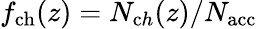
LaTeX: f_{\mathrm{ch}}(z)=N_{\mathrm ch}(z)/N_{\mathrm{acc}}